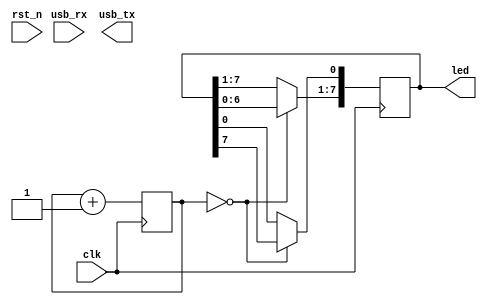
module cu_top (
    input clk,
    input rst_n,
    output reg [7:0] led,
    input usb_rx,
    output reg usb_tx
  );

  parameter DIRECTION = 0;
  parameter MSB = 5'h16;

  reg [MSB:0] counter = 0;
  reg [7:0] data = 8'hfc;
  assign led = data;

  always @(posedge clk) begin
    counter <= counter + 1;

    if(counter == 0) begin
      if(DIRECTION == 0) begin
        data <= (data << 1);
        data[0] <= data[7];
      end else begin
        data <= (data >> 1);
        data[7] <= data[0];
      end
    end
  end

endmodule